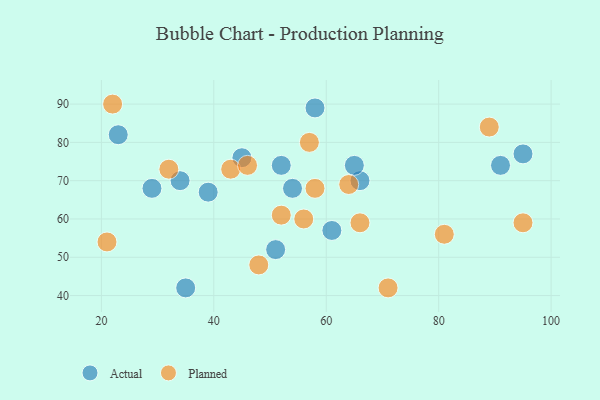
{"axis": {"x": "GDP", "y": "Life Expectancy"}, "legend": ["Actual", "Planned"], "data": [{"x": "51", "y": 52, "type": "Actual"}, {"x": "66", "y": 70, "type": "Actual"}, {"x": "95", "y": 77, "type": "Actual"}, {"x": "65", "y": 74, "type": "Actual"}, {"x": "34", "y": 70, "type": "Actual"}, {"x": "39", "y": 67, "type": "Actual"}, {"x": "91", "y": 74, "type": "Actual"}, {"x": "61", "y": 57, "type": "Actual"}, {"x": "23", "y": 82, "type": "Actual"}, {"x": "29", "y": 68, "type": "Actual"}, {"x": "58", "y": 89, "type": "Actual"}, {"x": "54", "y": 68, "type": "Actual"}, {"x": "35", "y": 42, "type": "Actual"}, {"x": "45", "y": 76, "type": "Actual"}, {"x": "52", "y": 74, "type": "Actual"}, {"x": "66", "y": 59, "type": "Planned"}, {"x": "48", "y": 48, "type": "Planned"}, {"x": "58", "y": 68, "type": "Planned"}, {"x": "95", "y": 59, "type": "Planned"}, {"x": "56", "y": 60, "type": "Planned"}, {"x": "81", "y": 56, "type": "Planned"}, {"x": "89", "y": 84, "type": "Planned"}, {"x": "52", "y": 61, "type": "Planned"}, {"x": "57", "y": 80, "type": "Planned"}, {"x": "21", "y": 54, "type": "Planned"}, {"x": "32", "y": 73, "type": "Planned"}, {"x": "43", "y": 73, "type": "Planned"}, {"x": "22", "y": 90, "type": "Planned"}, {"x": "64", "y": 69, "type": "Planned"}, {"x": "46", "y": 74, "type": "Planned"}, {"x": "71", "y": 42, "type": "Planned"}]}